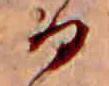
る